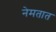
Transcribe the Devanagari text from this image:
नेमतात